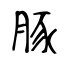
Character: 豚